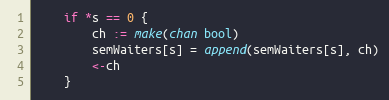
Language: Go
	if *s == 0 {
		ch := make(chan bool)
		semWaiters[s] = append(semWaiters[s], ch)
		<-ch
	}